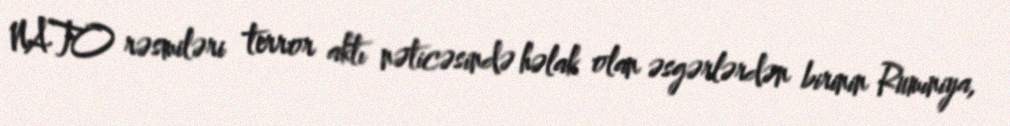
NATO rəsmiləri terror aktı nəticəsində həlak olan əsgərlərdən birinin Rumıniya,